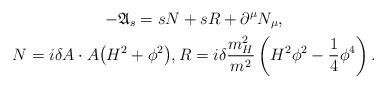
LaTeX: \begin{gather*}- \mathfrak{A}_{s}=sN+sR+\partial ^{\mu }N_{\mu }, \\ N=i\delta A\cdot A\big(H^{2}+\phi ^{2}\big),R=i\delta \frac{m_{H}^{2}}{m^{2}}\left(H^{2}\phi ^{2}-\frac{1}{4}\phi ^{4}\right).\end{gather*}